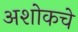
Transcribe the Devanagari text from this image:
अशोकचे